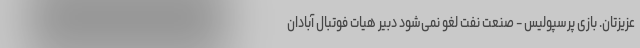
عزیزتان. بازی پرسپولیس - صنعت نفت لغو نمی‌شود دبیر هیات فوتبال آبادان